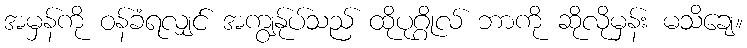
အမှန်ကို ဝန်ခံရလျှင် အကျွန်ုပ်သည် ထိုပုဂ္ဂိုလ် ဘာကို ဆိုလိုမှန်း မသိချေ။